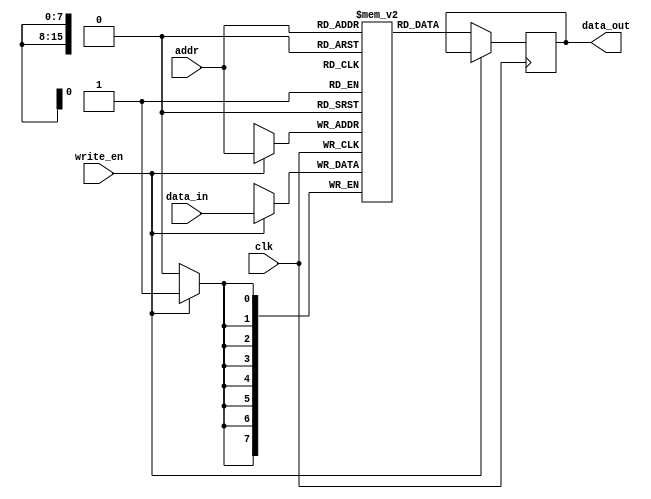
module data_memory (
    input             clk, write_en,
    input      [15:0] addr, 
    input      [7:0]  data_in,
    output reg [7:0]  data_out
    );

    reg [7:0] ram [65535:0];

    always @(posedge clk) begin
        if (write_en == 1)
            ram[addr] <= data_in;
        else
            data_out <= ram[addr];
    end
endmodule